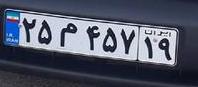
۲۵م۴۵۷۱۹